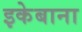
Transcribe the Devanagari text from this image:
इकेबाना